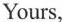
Yours，